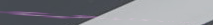
محلات بيع الأدوات المكتبي